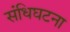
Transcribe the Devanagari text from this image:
संधिघटना